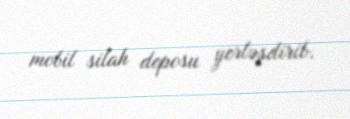
mobil silah deposu yerləşdirib.